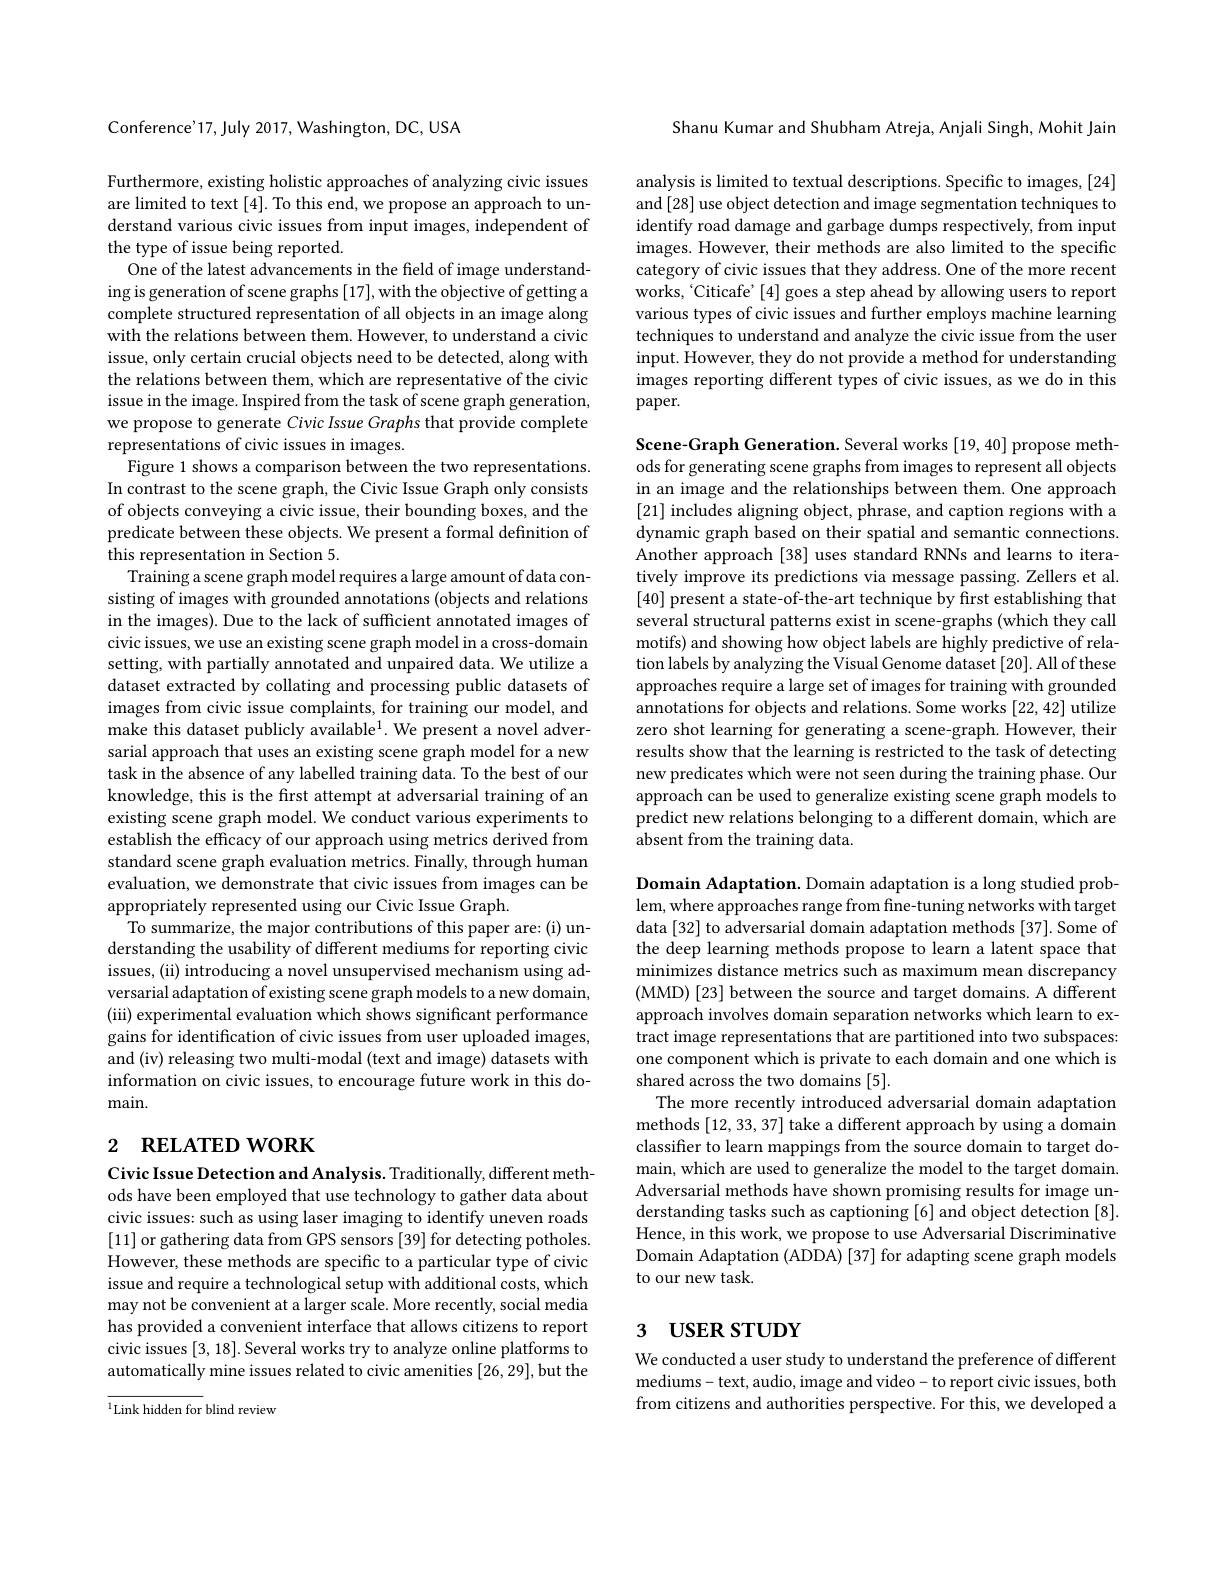
Conference'17, July 2017, Washington, DC, USA

Furthermore, existing holistic approaches of analyzing civic issues are limited to text [4]. To this end, we propose an approach to understand various civic issues from input images, independent of the type of issue being reported.
One of the latest advancements in the field of image understanding is generation of scene graphs [17], with the objective of getting a complete structured representation of all objects in an image along with the relations between them. However, to understand a civic issue, only certain crucial objects need to be detected, along with the relations between them, which are representative of the civic issue in the image. Inspired from the task of scene graph generation, we propose to generate Civic Issue Graphs that provide complete representations of civic issues in images.
Figure 1 shows a comparison between the two representations In contrast to the scene graph, the Civic Issue Graph only consists of objects conveying a civic issue, their bounding boxes, and the predicate between these objects. We present a formal definition of this representation in Section 5.
Training a scene graph model requires a large amount of data consisting of images with grounded annotations (objects and relations in the images). Due to the lack of sufficient annotated images of civic issues, we use an existing scene graph model in a cross-domain setting, with partially annotated and unpaired data. We utilize a dataset extracted by collating and processing public datasets of images from civic issue complaints, for training our model, and make this dataset publicly available$^1.$ We present a novel adversarial approach that uses an existing scene graph model for a new task in the absence of any labelled training data. To the best of our knowledge, this is the frst attempt at adversarial training of an existing scene graph model. We conduct various experiments to establish the efficacy of our approach using metrics derived from standard scene graph evaluation metrics. Finally, through human evaluation, we demonstrate that civic issues from images can be appropriately represented using our Civic Issue Graph.
To summarize, the major contributions of this paper are:(i) understanding the usability of different mediums for reporting civic issues, (ii) introducing a novel unsupervised mechanism using adversarial adaptation of existing scene graph models to a new domain, (iii) experimental evaluation which shows significant performance gains for identification of civic issues from user uploaded images, and (iv) releasing two multi-modal (text and image) datasets with information on civic issues, to encourage future work in this domain.

# 2 RELATED WORK

Civic Issue Detection and Analysis. Traditionally, different methods have been employed that use technology to gather data about civic issues: such as using laser imaging to identify uneven roads [11] or gathering data from GPS sensors [39] for detecting potholes. However, these methods are specific to a particular type of civic issue and require a technological setup with additional costs, which may not be convenient at a larger scale. More recently, social media has provided a convenient interface that allows citizens to report civic issues [3, 18]. Several works try to analyze online platforms to automatically mine issues related to civic amenities [26,29], but the

${}^{1}{\mathrm{Link~hidden~for~blind~review}}$

Shanu Kumar and Shubham Atreja, Anjali Singh, Mohit Jain

analysis is limited to textual descriptions. Specific to images, [24] and [28] use object detection and image segmentation techniques to identify road damage and garbage dumps respectively, from input images. However, their methods are also limited to the specific category of civic issues that they address. One of the more recent works, ‘Citicafe' [4] goes a step ahead by allowing users to report various types of civic issues and further employs machine learning techniques to understand and analyze the civic issue from the user input. However, they do not provide a method for understanding images reporting different types of civic issues, as we do in this paper.

Scene-Graph Generation. Several works [19, 40] propose methods for generating scene graphs from images to represent all objects in an image and the relationships between them. One approach [21] includes aligning object, phrase, and caption regions with a dynamic graph based on their spatial and semantic connections. Another approach[38] uses standard RNNs and learns to iteratively improve its predictions via message passing. Zellers et al. [40] present a state-of-the-art technique by first establishing that several structural patterns exist in scene-graphs (which they call motifs) and showing how object labels are highly predictive of relation labels by analyzing the Visual Genome dataset [20]. All of these approaches require a large set of images for training with grounded annotations for objects and relations. Some works [22,42] utilize zero shot learning for generating a scene-graph. However, their results show that the learning is restricted to the task of detecting new predicates which were not seen during the training phase. Our approach can be used to generalize existing scene graph models to predict new relations belonging to a different domain, which are absent from the training data.

Domain Adaptation. Domain adaptation is a long studied prob- $lem,whereapproachesrangefromfine-tuningnetworkswithtarget$ data [32] to adversarial domain adaptation methods [37]. Some of the deep learning methods propose to learn a latent space that minimizes distance metrics such as maximum mean discrepancy (MMD) [23] between the source and target domains. A different approach involves domain separation networks which learn to extract image representations that are partitioned into two subspaces: one component which is private to each domain and one which is shared across the two domains [5].
The more recently introduced adversarial domain adaptation methods [12,33,37] take a different approach by using a domain classifier to learn mappings from the source domain to target domain, which are used to generalize the model to the target domain. Adversarial methods have shown promising results for image understanding tasks such as captioning [6] and object detection [8]. Hence, in this work, we propose to use Adversarial Discriminative Domain Adaptation (ADDA) [37] for adapting scene graph models to our new task.

# 3 USER STUDY

We conducted a user study to understand the preference of different mediums- text, audio, image and video- to report civic issues, both from citizens and authorities perspective. For this, we developed a